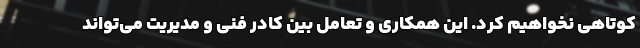
کوتاهی نخواهیم کرد. این همکاری و تعامل بین کادر فنی و مدیریت می‌تواند